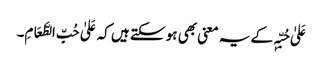
عَلیٰ حُبِّہٖ کے یہ معنی بھی ہو سکتے ہیں کہ عَلیٰ حُبِّ الطَّعَامِ۔